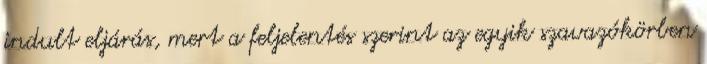
indult eljárás, mert a feljelentés szerint az egyik szavazókörben